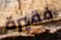
فقيرة